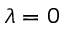
\lambda = 0